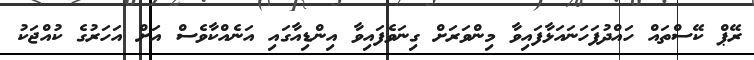
ރޭޕް ކޭސްތައް ހައްދުފަހަނައަޅާފައިވާ މިންވަރަށް ގިނަވެފައިވާ އިންޑިއާގައި އަނެއްކާވެސް އަށް އަހަރުގެ ކުއްޖަކު